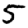
Digit: 5